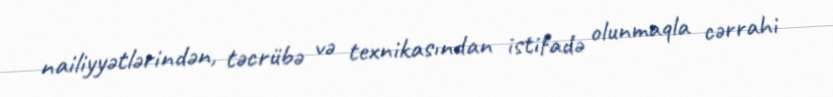
nailiyyətlərindən, təcrübə və texnikasından istifadə olunmaqla cərrahi